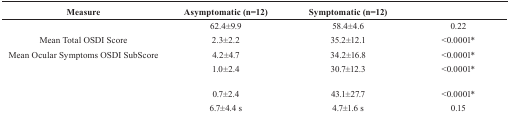
<table><thead><tr><td><b>Measure</b></td><td><b>Asymptomatic (n=12)</b></td><td><b>Symptomatic (n=12)</b></td><td>[EMPTY_CELL]</td></tr></thead><tbody><tr><td>[EMPTY_CELL]</td><td>62.4±9.9</td><td>58.4±4.6</td><td>0.22</td></tr><tr><td>Mean Total OSDI Score</td><td>2.3±2.2</td><td>35.2±12.1</td><td>&lt;0.0001*</td></tr><tr><td>Mean Ocular Symptoms OSDI SubScore</td><td>4.2±4.7</td><td>34.2±16.8</td><td>&lt;0.0001*</td></tr><tr><td>[EMPTY_CELL]</td><td>1.0±2.4</td><td>30.7±12.3</td><td>&lt;0.0001*</td></tr><tr><td>[EMPTY_CELL]</td><td>0.7±2.4</td><td>43.1±27.7</td><td>&lt;0.0001*</td></tr><tr><td>[EMPTY_CELL]</td><td>6.7±4.4 s</td><td>4.7±1.6 s</td><td>0.15</td></tr></tbody></table>